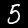
Digit: 5